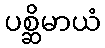
ပစ္ဆိမာယံ